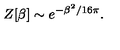
Z [ \beta ] \sim e ^ { - \beta ^ { 2 } / 1 6 \pi } .